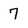
Character: 7